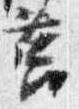
筥